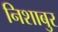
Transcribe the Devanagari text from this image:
निशाबुर